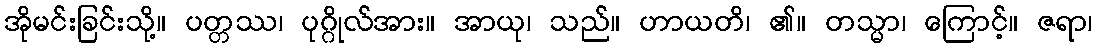
အိုမင်းခြင်းသို့။ ပတ္တဿ၊ ပုဂ္ဂိုလ်အား။ အာယု၊ သည်။ ဟာယတိ၊ ၏။ တသ္မာ၊ ကြောင့်။ ဇရာ၊